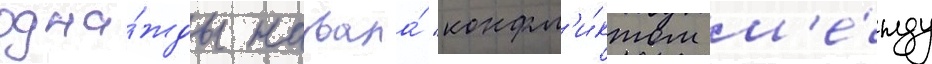
одна́жды назвала́ "конфл'и́ктом м'е́жду